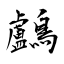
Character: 鸕